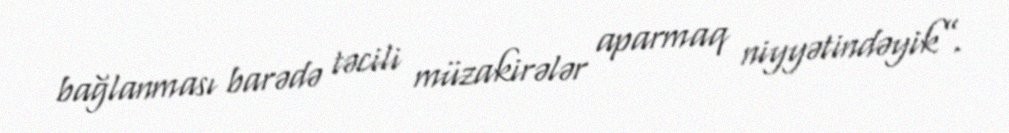
bağlanması barədə təcili müzakirələr aparmaq niyyətindəyik”.